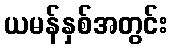
ယမန်နှစ်အတွင်း